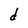
Character: d